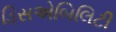
ડિસએબિલિટી